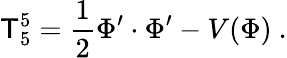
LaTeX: \mathsf{T}_{5}^{5}={\frac{{1}}{{2}}}\Phi^{\prime}\cdot\Phi^{\prime}-V(\Phi)~.